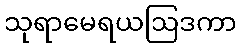
သုရာမေရယဩဒကာ